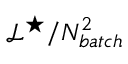
\mathcal { L } ^ { \star } / N _ { b a t c h } ^ { 2 }